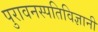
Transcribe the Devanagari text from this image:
पुरावनस्पतिविज्ञानी